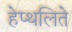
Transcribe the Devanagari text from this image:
हेप्थलिते